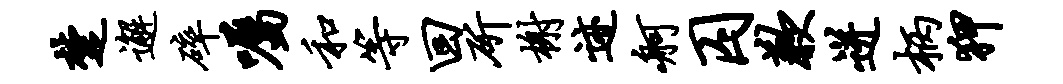
楚邂碎嘱和等回斫榭迹舸囚歉迸柄狎